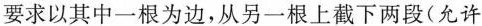
要求以其中一根为边，从另一根上截下两段(允许